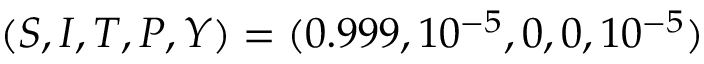
( S , I , T , P , Y ) = ( 0 . 9 9 9 , 1 0 ^ { - 5 } , 0 , 0 , 1 0 ^ { - 5 } )